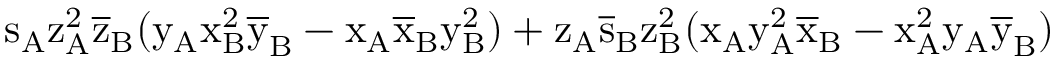
\mathrm { s _ { A } \mathrm { z _ { A } ^ { 2 } \mathrm { \overline { { z } } _ { B } ( \mathrm { y _ { A } \mathrm { x _ { B } ^ { 2 } \mathrm { \overline { { y } } _ { B } - \mathrm { x _ { A } \mathrm { \overline { { x } } _ { B } \mathrm { y _ { B } ^ { 2 } ) + \mathrm { z _ { A } \mathrm { \overline { { s } } _ { B } \mathrm { z _ { B } ^ { 2 } ( \mathrm { x _ { A } \mathrm { y _ { A } ^ { 2 } \mathrm { \overline { { x } } _ { B } - \mathrm { x _ { A } ^ { 2 } \mathrm { y _ { A } \mathrm { \overline { { y } } _ { B } ) } } } } } } } } } } } } } } } } } }